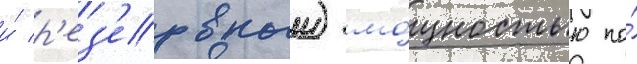
и́ р'ез'ервныи) мо́щностью по́